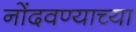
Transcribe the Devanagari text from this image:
नोंदवण्याच्या